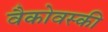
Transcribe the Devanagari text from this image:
वैकोवस्की